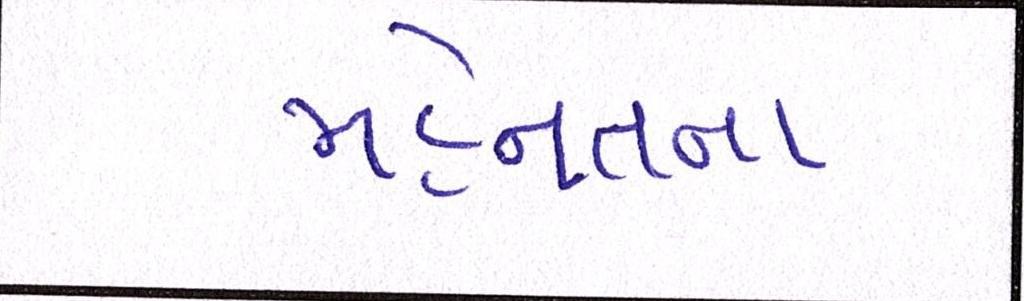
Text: મહેનતના